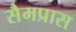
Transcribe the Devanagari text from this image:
सैमप्रास